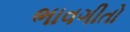
ભાવગીતો